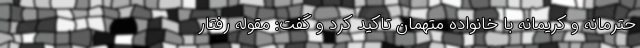
حترمانه و کریمانه با خانواده متهمان تاکید کرد و گفت: مقوله رفتار